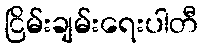
ငြိမ်းချမ်းရေးပါတီ